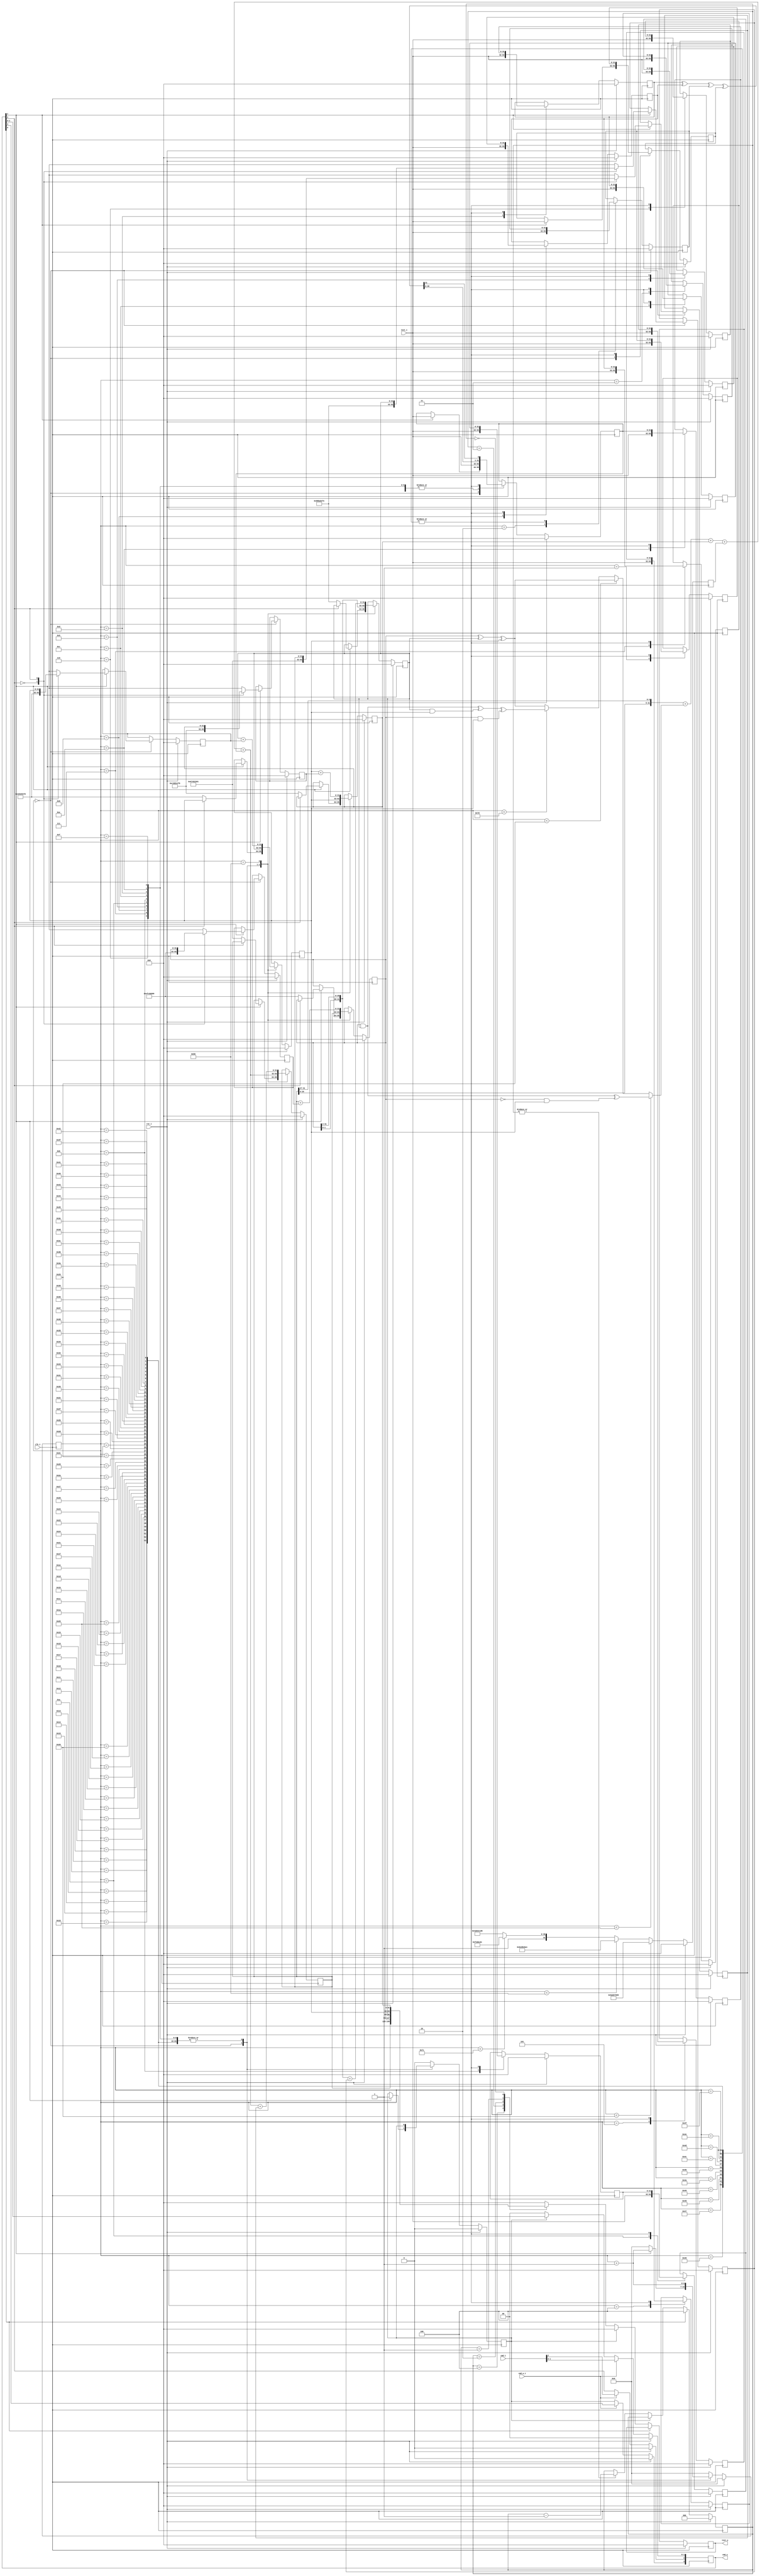
/////////////////////////////////////////////////////////////////////
////                                                             ////
////  SHA-160                                                    ////
////  Secure Hash Algorithm (SHA-160)                            ////
////                                                             ////
////          marsgod@opencores.org                              ////
////                                                             ////
////                                                             ////
////  Downloaded from: http://www.opencores.org/cores/sha_core/  ////
////                                                             ////
/////////////////////////////////////////////////////////////////////
////                                                             ////
//// Copyright (C) 2002-2004 marsgod                             ////
////                         marsgod@opencores.org               ////
////                                                             ////
////                                                             ////
//// This source file may be used and distributed without        ////
//// restriction provided that this copyright statement is not   ////
//// removed from the file and that any derivative work contains ////
//// the original copyright notice and the associated disclaimer.////
////                                                             ////
////     THIS SOFTWARE IS PROVIDED ``AS IS'' AND WITHOUT ANY     ////
//// EXPRESS OR IMPLIED WARRANTIES, INCLUDING, BUT NOT LIMITED   ////
//// TO, THE IMPLIED WARRANTIES OF MERCHANTABILITY AND FITNESS   ////
//// FOR A PARTICULAR PURPOSE. IN NO EVENT SHALL THE AUTHOR      ////
//// OR CONTRIBUTORS BE LIABLE FOR ANY DIRECT, INDIRECT,         ////
//// INCIDENTAL, SPECIAL, EXEMPLARY, OR CONSEQUENTIAL DAMAGES    ////
//// (INCLUDING, BUT NOT LIMITED TO, PROCUREMENT OF SUBSTITUTE   ////
//// GOODS OR SERVICES; LOSS OF USE, DATA, OR PROFITS; OR        ////
//// BUSINESS INTERRUPTION) HOWEVER CAUSED AND ON ANY THEORY OF  ////
//// LIABILITY, WHETHER IN  CONTRACT, STRICT LIABILITY, OR TORT  ////
//// (INCLUDING NEGLIGENCE OR OTHERWISE) ARISING IN ANY WAY OUT  ////
//// OF THE USE OF THIS SOFTWARE, EVEN IF ADVISED OF THE         ////
//// POSSIBILITY OF SUCH DAMAGE.                                 ////
////                                                             ////
/////////////////////////////////////////////////////////////////////

`define SHA1_H0 32'h67452301
`define SHA1_H1 32'hefcdab89
`define SHA1_H2 32'h98badcfe
`define SHA1_H3 32'h10325476
`define SHA1_H4 32'hc3d2e1f0

`define SHA1_K0 32'h5a827999
`define SHA1_K1 32'h6ed9eba1
`define SHA1_K2 32'h8f1bbcdc
`define SHA1_K3 32'hca62c1d6

module sha1 (clk_i, rst_i, text_i, text_o, cmd_i, cmd_w_i, cmd_o);

	input		clk_i; 	// global clock input
	input		rst_i; 	// global reset input , active high
	
	input	[31:0]	text_i;	// text input 32bit
	output	[31:0]	text_o;	// text output 32bit
	
	input	[2:0]	cmd_i;	// command input
	input		cmd_w_i;// command input write enable
	output	[3:0]	cmd_o;	// command output(status)

	/*
		cmd
		Busy Round W R

		bit3 bit2  bit1 bit0
		Busy Round W    R
		
		Busy:
		0	idle
		1	busy
		
		Round:
		0	first round
		1	internal round
		
		W:
		0       No-op
		1	write data
		
		R:
		0	No-op
		1	read data
			
	*/
	

    	reg	[3:0]	cmd;
    	wire	[3:0]	cmd_o;
    	
    	reg	[31:0]	text_o;
    	
    	reg	[6:0]	round;
    	wire	[6:0]	round_plus_1;
    	
    	reg	[2:0]	read_counter;
    	
    	reg	[31:0]	H0,H1,H2,H3,H4;
    	reg	[31:0]	W0,W1,W2,W3,W4,W5,W6,W7,W8,W9,W10,W11,W12,W13,W14;
    	reg	[31:0]	Wt,Kt;
    	reg	[31:0]	A,B,C,D,E;

    	reg		busy;
    	
    	assign cmd_o = cmd;
    	always @ (posedge clk_i)
    	begin
    		if (rst_i)
    			cmd <= 4'b0000;
    		else
    		if (cmd_w_i)
    			cmd[2:0] <= cmd_i[2:0];		// busy bit can't write
    		else
    		begin
    			cmd[3] <= busy;			// update busy bit
    			if (~busy)
    				cmd[1:0] <= 2'b00;	// hardware auto clean R/W bits
    		end
    	end
    	
    	// Hash functions
	wire [31:0] SHA1_f1_BCD,SHA1_f2_BCD,SHA1_f3_BCD,SHA1_Wt_1;
	wire [31:0] SHA1_ft_BCD;
	wire [31:0] next_Wt,next_A,next_C;
	wire [159:0] SHA1_result;
	
	assign SHA1_f1_BCD = (B & C) ^ (~B & D);
	assign SHA1_f2_BCD = B ^ C ^ D;
	assign SHA1_f3_BCD = (B & C) ^ (C & D) ^ (B & D);
	
	assign SHA1_ft_BCD = (round < 7'b0100101) ? SHA1_f1_BCD : (round < 7'b101001) ? SHA1_f2_BCD : (round < 7'b1111101) ? SHA1_f3_BCD : SHA1_f2_BCD;
	
	// Odin II doesn't support binary operations inside concatenations presently. 
	//assign SHA1_Wt_1 = {W13 ^ W8 ^ W2 ^ W0};
	assign SHA1_Wt_1 = W13 ^ W8 ^ W2 ^ W0;

	assign next_Wt = {SHA1_Wt_1[30:0],SHA1_Wt_1[31]};	// NSA fix added
	assign next_A = {A[26:0],A[31:27]} + SHA1_ft_BCD + E + Kt + Wt;
	assign next_C = {B[1:0],B[31:2]};
	
	assign SHA1_result   = {A,B,C,D,E};
	
	assign round_plus_1 = round + 1;
	
	//------------------------------------------------------------------	
	// SHA round
	//------------------------------------------------------------------
	always @(posedge clk_i)
	begin
		if (rst_i)
		begin
			round <= 7'b0000000;
			busy <= 1'b0;

			W0  <= 32'b00000000000000000000000000000000;
			W1  <= 32'b00000000000000000000000000000000;
			W2  <= 32'b00000000000000000000000000000000;
			W3  <= 32'b00000000000000000000000000000000;
			W4  <= 32'b00000000000000000000000000000000;
			W5  <= 32'b00000000000000000000000000000000;
			W6  <= 32'b00000000000000000000000000000000;
			W7  <= 32'b00000000000000000000000000000000;
			W8  <= 32'b00000000000000000000000000000000;
			W9  <= 32'b00000000000000000000000000000000;
			W10 <= 32'b00000000000000000000000000000000;
			W11 <= 32'b00000000000000000000000000000000;
			W12 <= 32'b00000000000000000000000000000000;
			W13 <= 32'b00000000000000000000000000000000;
			W14 <= 32'b00000000000000000000000000000000;
			Wt  <= 32'b00000000000000000000000000000000;
			
			A <= 32'b00000000000000000000000000000000;
			B <= 32'b00000000000000000000000000000000;
			C <= 32'b00000000000000000000000000000000;
			D <= 32'b00000000000000000000000000000000;
			E <= 32'b00000000000000000000000000000000;
			
			H0 <= 32'b00000000000000000000000000000000;
			H1 <= 32'b00000000000000000000000000000000;
			H2 <= 32'b00000000000000000000000000000000;
			H3 <= 32'b00000000000000000000000000000000;
			H4 <= 32'b00000000000000000000000000000000;

		end
		else
		begin
			case (round)
			
			7'b0000000:
				begin
					if (cmd[1])
					begin
						W0 <= text_i;
						Wt <= text_i;
						busy <= 1'b1;
						round <= round_plus_1;
                                               	
						case (cmd[2])
							1'b0:	// sha-1 first message
								begin
									A <= `SHA1_H0;
									B <= `SHA1_H1;
									C <= `SHA1_H2;
									D <= `SHA1_H3;
									E <= `SHA1_H4;
									
									H0 <= `SHA1_H0;
									H1 <= `SHA1_H1;
									H2 <= `SHA1_H2;
									H3 <= `SHA1_H3;
									H4 <= `SHA1_H4;
								end
							1'b1:	// sha-1 internal message
								begin
									H0 <= A;
									H1 <= B;
									H2 <= C;
									H3 <= D;
									H4 <= E;
								end
						endcase
					end
					else
					begin	// IDLE
						round <= 7'b0000000;
					end
				end
			7'b0000001:
				begin
					W1 <= text_i;
					Wt <= text_i;
					
					E <= D;
					D <= C;
					C <= next_C;
					B <= A;
					A <= next_A;
						
					round <= round_plus_1;
				end
			7'b0000010:
				begin
					W2 <= text_i;
					Wt <= text_i;
					
					E <= D;
					D <= C;
					C <= next_C;
					B <= A;
					A <= next_A;
						
					round <= round_plus_1;
				end
			7'b0000011:
				begin
					W3 <= text_i;
					Wt <= text_i;
					
					E <= D;
					D <= C;
					C <= next_C;
					B <= A;
					A <= next_A;
						
					round <= round_plus_1;
				end
			7'b0000100:
				begin
					W4 <= text_i;
					Wt <= text_i;
					
					E <= D;
					D <= C;
					C <= next_C;
					B <= A;
					A <= next_A;
						
					round <= round_plus_1;
				end
			7'b0000101:
				begin
					W5 <= text_i;
					Wt <= text_i;
					
					E <= D;
					D <= C;
					C <= next_C;
					B <= A;
					A <= next_A;
						
					round <= round_plus_1;
				end
			7'b0000110:
				begin
					W6 <= text_i;
					Wt <= text_i;
					
					E <= D;
					D <= C;
					C <= next_C;
					B <= A;
					A <= next_A;
						
					round <= round_plus_1;
				end
			7'b0000111:
				begin
					W7 <= text_i;
					Wt <= text_i;
					
					E <= D;
					D <= C;
					C <= next_C;
					B <= A;
					A <= next_A;
						
					round <= round_plus_1;
				end
			7'b0001000:
				begin
					W8 <= text_i;
					Wt <= text_i;
					
					E <= D;
					D <= C;
					C <= next_C;
					B <= A;
					A <= next_A;
						
					round <= round_plus_1;
				end
			7'b0001001:
				begin
					W9 <= text_i;
					Wt <= text_i;
					
					E <= D;
					D <= C;
					C <= next_C;
					B <= A;
					A <= next_A;
						
					round <= round_plus_1;
				end
			7'b0001010:
				begin
					W10 <= text_i;
					Wt <= text_i;
					
					E <= D;
					D <= C;
					C <= next_C;
					B <= A;
					A <= next_A;
						
					round <= round_plus_1;
				end
			7'b0001011:
				begin
					W11 <= text_i;
					Wt <= text_i;
					
					E <= D;
					D <= C;
					C <= next_C;
					B <= A;
					A <= next_A;
						
					round <= round_plus_1;
				end
			7'b0001100:
				begin
					W12 <= text_i;
					Wt <= text_i;
					
					E <= D;
					D <= C;
					C <= next_C;
					B <= A;
					A <= next_A;
						
					round <= round_plus_1;
				end
			7'b0001101:
				begin
					W13 <= text_i;
					Wt <= text_i;
					
					E <= D;
					D <= C;
					C <= next_C;
					B <= A;
					A <= next_A;
						
					round <= round_plus_1;
				end
			7'b0001110:
				begin
					W14 <= text_i;
					Wt <= text_i;
					
					E <= D;
					D <= C;
					C <= next_C;
					B <= A;
					A <= next_A;
						
					round <= round_plus_1;
				end
			7'b0001111:
				begin
					Wt <= text_i;
					
					E <= D;
					D <= C;
					C <= next_C;
					B <= A;
					A <= next_A;
						
					round <= round_plus_1;
				end
			7'b0010000:begin
					W0  <= W1;
					W1  <= W2;
					W2  <= W3;
					W3  <= W4;
					W4  <= W5;
					W5  <= W6;
					W6  <= W7;
					W7  <= W8;
					W8  <= W9;
					W9  <= W10;
					W10 <= W11;
					W11 <= W12;
					W12 <= W13;
					W13 <= W14;
					W14 <= Wt;
					Wt  <= next_Wt;
					
					E <= D;
					D <= C;
					C <= next_C;
					B <= A;
					A <= next_A;
						
					round <= round_plus_1;
				end
			7'b0010001:begin
					W0  <= W1;
					W1  <= W2;
					W2  <= W3;
					W3  <= W4;
					W4  <= W5;
					W5  <= W6;
					W6  <= W7;
					W7  <= W8;
					W8  <= W9;
					W9  <= W10;
					W10 <= W11;
					W11 <= W12;
					W12 <= W13;
					W13 <= W14;
					W14 <= Wt;
					Wt  <= next_Wt;
					
					E <= D;
					D <= C;
					C <= next_C;
					B <= A;
					A <= next_A;
						
					round <= round_plus_1;
				end
			7'b0010010:begin
					W0  <= W1;
					W1  <= W2;
					W2  <= W3;
					W3  <= W4;
					W4  <= W5;
					W5  <= W6;
					W6  <= W7;
					W7  <= W8;
					W8  <= W9;
					W9  <= W10;
					W10 <= W11;
					W11 <= W12;
					W12 <= W13;
					W13 <= W14;
					W14 <= Wt;
					Wt  <= next_Wt;
					
					E <= D;
					D <= C;
					C <= next_C;
					B <= A;
					A <= next_A;
						
					round <= round_plus_1;
				end
			7'b0010011:begin
					W0  <= W1;
					W1  <= W2;
					W2  <= W3;
					W3  <= W4;
					W4  <= W5;
					W5  <= W6;
					W6  <= W7;
					W7  <= W8;
					W8  <= W9;
					W9  <= W10;
					W10 <= W11;
					W11 <= W12;
					W12 <= W13;
					W13 <= W14;
					W14 <= Wt;
					Wt  <= next_Wt;
					
					E <= D;
					D <= C;
					C <= next_C;
					B <= A;
					A <= next_A;
						
					round <= round_plus_1;
				end
			7'b0010100:begin
					W0  <= W1;
					W1  <= W2;
					W2  <= W3;
					W3  <= W4;
					W4  <= W5;
					W5  <= W6;
					W6  <= W7;
					W7  <= W8;
					W8  <= W9;
					W9  <= W10;
					W10 <= W11;
					W11 <= W12;
					W12 <= W13;
					W13 <= W14;
					W14 <= Wt;
					Wt  <= next_Wt;
					
					E <= D;
					D <= C;
					C <= next_C;
					B <= A;
					A <= next_A;
						
					round <= round_plus_1;
				end
			7'b0010101:begin
					W0  <= W1;
					W1  <= W2;
					W2  <= W3;
					W3  <= W4;
					W4  <= W5;
					W5  <= W6;
					W6  <= W7;
					W7  <= W8;
					W8  <= W9;
					W9  <= W10;
					W10 <= W11;
					W11 <= W12;
					W12 <= W13;
					W13 <= W14;
					W14 <= Wt;
					Wt  <= next_Wt;
					
					E <= D;
					D <= C;
					C <= next_C;
					B <= A;
					A <= next_A;
						
					round <= round_plus_1;
				end
			7'b0010110:begin
					W0  <= W1;
					W1  <= W2;
					W2  <= W3;
					W3  <= W4;
					W4  <= W5;
					W5  <= W6;
					W6  <= W7;
					W7  <= W8;
					W8  <= W9;
					W9  <= W10;
					W10 <= W11;
					W11 <= W12;
					W12 <= W13;
					W13 <= W14;
					W14 <= Wt;
					Wt  <= next_Wt;
					
					E <= D;
					D <= C;
					C <= next_C;
					B <= A;
					A <= next_A;
						
					round <= round_plus_1;
				end
			7'b0010111:begin
					W0  <= W1;
					W1  <= W2;
					W2  <= W3;
					W3  <= W4;
					W4  <= W5;
					W5  <= W6;
					W6  <= W7;
					W7  <= W8;
					W8  <= W9;
					W9  <= W10;
					W10 <= W11;
					W11 <= W12;
					W12 <= W13;
					W13 <= W14;
					W14 <= Wt;
					Wt  <= next_Wt;
					
					E <= D;
					D <= C;
					C <= next_C;
					B <= A;
					A <= next_A;
						
					round <= round_plus_1;
				end
			7'b0011000:begin
					W0  <= W1;
					W1  <= W2;
					W2  <= W3;
					W3  <= W4;
					W4  <= W5;
					W5  <= W6;
					W6  <= W7;
					W7  <= W8;
					W8  <= W9;
					W9  <= W10;
					W10 <= W11;
					W11 <= W12;
					W12 <= W13;
					W13 <= W14;
					W14 <= Wt;
					Wt  <= next_Wt;
					
					E <= D;
					D <= C;
					C <= next_C;
					B <= A;
					A <= next_A;
						
					round <= round_plus_1;
				end
			7'b0011001:begin
					W0  <= W1;
					W1  <= W2;
					W2  <= W3;
					W3  <= W4;
					W4  <= W5;
					W5  <= W6;
					W6  <= W7;
					W7  <= W8;
					W8  <= W9;
					W9  <= W10;
					W10 <= W11;
					W11 <= W12;
					W12 <= W13;
					W13 <= W14;
					W14 <= Wt;
					Wt  <= next_Wt;
					
					E <= D;
					D <= C;
					C <= next_C;
					B <= A;
					A <= next_A;
						
					round <= round_plus_1;
				end
			7'b0011010:begin
					W0  <= W1;
					W1  <= W2;
					W2  <= W3;
					W3  <= W4;
					W4  <= W5;
					W5  <= W6;
					W6  <= W7;
					W7  <= W8;
					W8  <= W9;
					W9  <= W10;
					W10 <= W11;
					W11 <= W12;
					W12 <= W13;
					W13 <= W14;
					W14 <= Wt;
					Wt  <= next_Wt;
					
					E <= D;
					D <= C;
					C <= next_C;
					B <= A;
					A <= next_A;
						
					round <= round_plus_1;
				end
			7'b0011011:begin
					W0  <= W1;
					W1  <= W2;
					W2  <= W3;
					W3  <= W4;
					W4  <= W5;
					W5  <= W6;
					W6  <= W7;
					W7  <= W8;
					W8  <= W9;
					W9  <= W10;
					W10 <= W11;
					W11 <= W12;
					W12 <= W13;
					W13 <= W14;
					W14 <= Wt;
					Wt  <= next_Wt;
					
					E <= D;
					D <= C;
					C <= next_C;
					B <= A;
					A <= next_A;
						
					round <= round_plus_1;
				end
			7'b0011100:begin
					W0  <= W1;
					W1  <= W2;
					W2  <= W3;
					W3  <= W4;
					W4  <= W5;
					W5  <= W6;
					W6  <= W7;
					W7  <= W8;
					W8  <= W9;
					W9  <= W10;
					W10 <= W11;
					W11 <= W12;
					W12 <= W13;
					W13 <= W14;
					W14 <= Wt;
					Wt  <= next_Wt;
					
					E <= D;
					D <= C;
					C <= next_C;
					B <= A;
					A <= next_A;
						
					round <= round_plus_1;
				end
			7'b0011101:begin
					W0  <= W1;
					W1  <= W2;
					W2  <= W3;
					W3  <= W4;
					W4  <= W5;
					W5  <= W6;
					W6  <= W7;
					W7  <= W8;
					W8  <= W9;
					W9  <= W10;
					W10 <= W11;
					W11 <= W12;
					W12 <= W13;
					W13 <= W14;
					W14 <= Wt;
					Wt  <= next_Wt;
					
					E <= D;
					D <= C;
					C <= next_C;
					B <= A;
					A <= next_A;
						
					round <= round_plus_1;
				end
			7'b0011110:begin
					W0  <= W1;
					W1  <= W2;
					W2  <= W3;
					W3  <= W4;
					W4  <= W5;
					W5  <= W6;
					W6  <= W7;
					W7  <= W8;
					W8  <= W9;
					W9  <= W10;
					W10 <= W11;
					W11 <= W12;
					W12 <= W13;
					W13 <= W14;
					W14 <= Wt;
					Wt  <= next_Wt;
					
					E <= D;
					D <= C;
					C <= next_C;
					B <= A;
					A <= next_A;
						
					round <= round_plus_1;
				end
			7'b0011111:begin
					W0  <= W1;
					W1  <= W2;
					W2  <= W3;
					W3  <= W4;
					W4  <= W5;
					W5  <= W6;
					W6  <= W7;
					W7  <= W8;
					W8  <= W9;
					W9  <= W10;
					W10 <= W11;
					W11 <= W12;
					W12 <= W13;
					W13 <= W14;
					W14 <= Wt;
					Wt  <= next_Wt;
					
					E <= D;
					D <= C;
					C <= next_C;
					B <= A;
					A <= next_A;
						
					round <= round_plus_1;
				end
			7'b0100000:begin
					W0  <= W1;
					W1  <= W2;
					W2  <= W3;
					W3  <= W4;
					W4  <= W5;
					W5  <= W6;
					W6  <= W7;
					W7  <= W8;
					W8  <= W9;
					W9  <= W10;
					W10 <= W11;
					W11 <= W12;
					W12 <= W13;
					W13 <= W14;
					W14 <= Wt;
					Wt  <= next_Wt;
					
					E <= D;
					D <= C;
					C <= next_C;
					B <= A;
					A <= next_A;
						
					round <= round_plus_1;
				end
			7'b0100001:begin
					W0  <= W1;
					W1  <= W2;
					W2  <= W3;
					W3  <= W4;
					W4  <= W5;
					W5  <= W6;
					W6  <= W7;
					W7  <= W8;
					W8  <= W9;
					W9  <= W10;
					W10 <= W11;
					W11 <= W12;
					W12 <= W13;
					W13 <= W14;
					W14 <= Wt;
					Wt  <= next_Wt;
					
					E <= D;
					D <= C;
					C <= next_C;
					B <= A;
					A <= next_A;
						
					round <= round_plus_1;
				end
			7'b0100010:begin
					W0  <= W1;
					W1  <= W2;
					W2  <= W3;
					W3  <= W4;
					W4  <= W5;
					W5  <= W6;
					W6  <= W7;
					W7  <= W8;
					W8  <= W9;
					W9  <= W10;
					W10 <= W11;
					W11 <= W12;
					W12 <= W13;
					W13 <= W14;
					W14 <= Wt;
					Wt  <= next_Wt;
					
					E <= D;
					D <= C;
					C <= next_C;
					B <= A;
					A <= next_A;
						
					round <= round_plus_1;
				end
			7'b0100011:begin
					W0  <= W1;
					W1  <= W2;
					W2  <= W3;
					W3  <= W4;
					W4  <= W5;
					W5  <= W6;
					W6  <= W7;
					W7  <= W8;
					W8  <= W9;
					W9  <= W10;
					W10 <= W11;
					W11 <= W12;
					W12 <= W13;
					W13 <= W14;
					W14 <= Wt;
					Wt  <= next_Wt;
					
					E <= D;
					D <= C;
					C <= next_C;
					B <= A;
					A <= next_A;
						
					round <= round_plus_1;
				end
			7'b0100100:begin
					W0  <= W1;
					W1  <= W2;
					W2  <= W3;
					W3  <= W4;
					W4  <= W5;
					W5  <= W6;
					W6  <= W7;
					W7  <= W8;
					W8  <= W9;
					W9  <= W10;
					W10 <= W11;
					W11 <= W12;
					W12 <= W13;
					W13 <= W14;
					W14 <= Wt;
					Wt  <= next_Wt;
					
					E <= D;
					D <= C;
					C <= next_C;
					B <= A;
					A <= next_A;
						
					round <= round_plus_1;
				end
			7'b0100101:begin
					W0  <= W1;
					W1  <= W2;
					W2  <= W3;
					W3  <= W4;
					W4  <= W5;
					W5  <= W6;
					W6  <= W7;
					W7  <= W8;
					W8  <= W9;
					W9  <= W10;
					W10 <= W11;
					W11 <= W12;
					W12 <= W13;
					W13 <= W14;
					W14 <= Wt;
					Wt  <= next_Wt;
					
					E <= D;
					D <= C;
					C <= next_C;
					B <= A;
					A <= next_A;
						
					round <= round_plus_1;
				end
			7'b0100110:begin
					W0  <= W1;
					W1  <= W2;
					W2  <= W3;
					W3  <= W4;
					W4  <= W5;
					W5  <= W6;
					W6  <= W7;
					W7  <= W8;
					W8  <= W9;
					W9  <= W10;
					W10 <= W11;
					W11 <= W12;
					W12 <= W13;
					W13 <= W14;
					W14 <= Wt;
					Wt  <= next_Wt;
					
					E <= D;
					D <= C;
					C <= next_C;
					B <= A;
					A <= next_A;
						
					round <= round_plus_1;
				end
			7'b0100111:begin
					W0  <= W1;
					W1  <= W2;
					W2  <= W3;
					W3  <= W4;
					W4  <= W5;
					W5  <= W6;
					W6  <= W7;
					W7  <= W8;
					W8  <= W9;
					W9  <= W10;
					W10 <= W11;
					W11 <= W12;
					W12 <= W13;
					W13 <= W14;
					W14 <= Wt;
					Wt  <= next_Wt;
					
					E <= D;
					D <= C;
					C <= next_C;
					B <= A;
					A <= next_A;
						
					round <= round_plus_1;
				end
			7'b0101000:begin
					W0  <= W1;
					W1  <= W2;
					W2  <= W3;
					W3  <= W4;
					W4  <= W5;
					W5  <= W6;
					W6  <= W7;
					W7  <= W8;
					W8  <= W9;
					W9  <= W10;
					W10 <= W11;
					W11 <= W12;
					W12 <= W13;
					W13 <= W14;
					W14 <= Wt;
					Wt  <= next_Wt;
					
					E <= D;
					D <= C;
					C <= next_C;
					B <= A;
					A <= next_A;
						
					round <= round_plus_1;
				end
			7'b0101001:begin
					W0  <= W1;
					W1  <= W2;
					W2  <= W3;
					W3  <= W4;
					W4  <= W5;
					W5  <= W6;
					W6  <= W7;
					W7  <= W8;
					W8  <= W9;
					W9  <= W10;
					W10 <= W11;
					W11 <= W12;
					W12 <= W13;
					W13 <= W14;
					W14 <= Wt;
					Wt  <= next_Wt;
					
					E <= D;
					D <= C;
					C <= next_C;
					B <= A;
					A <= next_A;
						
					round <= round_plus_1;
				end
			7'b0101010:begin
					W0  <= W1;
					W1  <= W2;
					W2  <= W3;
					W3  <= W4;
					W4  <= W5;
					W5  <= W6;
					W6  <= W7;
					W7  <= W8;
					W8  <= W9;
					W9  <= W10;
					W10 <= W11;
					W11 <= W12;
					W12 <= W13;
					W13 <= W14;
					W14 <= Wt;
					Wt  <= next_Wt;
					
					E <= D;
					D <= C;
					C <= next_C;
					B <= A;
					A <= next_A;
						
					round <= round_plus_1;
				end
			7'b0101011:begin
					W0  <= W1;
					W1  <= W2;
					W2  <= W3;
					W3  <= W4;
					W4  <= W5;
					W5  <= W6;
					W6  <= W7;
					W7  <= W8;
					W8  <= W9;
					W9  <= W10;
					W10 <= W11;
					W11 <= W12;
					W12 <= W13;
					W13 <= W14;
					W14 <= Wt;
					Wt  <= next_Wt;
					
					E <= D;
					D <= C;
					C <= next_C;
					B <= A;
					A <= next_A;
						
					round <= round_plus_1;
				end
			7'b0101100:begin
					W0  <= W1;
					W1  <= W2;
					W2  <= W3;
					W3  <= W4;
					W4  <= W5;
					W5  <= W6;
					W6  <= W7;
					W7  <= W8;
					W8  <= W9;
					W9  <= W10;
					W10 <= W11;
					W11 <= W12;
					W12 <= W13;
					W13 <= W14;
					W14 <= Wt;
					Wt  <= next_Wt;
					
					E <= D;
					D <= C;
					C <= next_C;
					B <= A;
					A <= next_A;
						
					round <= round_plus_1;
				end
			7'b0101101:begin
					W0  <= W1;
					W1  <= W2;
					W2  <= W3;
					W3  <= W4;
					W4  <= W5;
					W5  <= W6;
					W6  <= W7;
					W7  <= W8;
					W8  <= W9;
					W9  <= W10;
					W10 <= W11;
					W11 <= W12;
					W12 <= W13;
					W13 <= W14;
					W14 <= Wt;
					Wt  <= next_Wt;
					
					E <= D;
					D <= C;
					C <= next_C;
					B <= A;
					A <= next_A;
						
					round <= round_plus_1;
				end
			7'b0101110:begin
					W0  <= W1;
					W1  <= W2;
					W2  <= W3;
					W3  <= W4;
					W4  <= W5;
					W5  <= W6;
					W6  <= W7;
					W7  <= W8;
					W8  <= W9;
					W9  <= W10;
					W10 <= W11;
					W11 <= W12;
					W12 <= W13;
					W13 <= W14;
					W14 <= Wt;
					Wt  <= next_Wt;
					
					E <= D;
					D <= C;
					C <= next_C;
					B <= A;
					A <= next_A;
						
					round <= round_plus_1;
				end
			7'b0101111:begin
					W0  <= W1;
					W1  <= W2;
					W2  <= W3;
					W3  <= W4;
					W4  <= W5;
					W5  <= W6;
					W6  <= W7;
					W7  <= W8;
					W8  <= W9;
					W9  <= W10;
					W10 <= W11;
					W11 <= W12;
					W12 <= W13;
					W13 <= W14;
					W14 <= Wt;
					Wt  <= next_Wt;
					
					E <= D;
					D <= C;
					C <= next_C;
					B <= A;
					A <= next_A;
						
					round <= round_plus_1;
				end
			7'b0110000:begin
					W0  <= W1;
					W1  <= W2;
					W2  <= W3;
					W3  <= W4;
					W4  <= W5;
					W5  <= W6;
					W6  <= W7;
					W7  <= W8;
					W8  <= W9;
					W9  <= W10;
					W10 <= W11;
					W11 <= W12;
					W12 <= W13;
					W13 <= W14;
					W14 <= Wt;
					Wt  <= next_Wt;
					
					E <= D;
					D <= C;
					C <= next_C;
					B <= A;
					A <= next_A;
						
					round <= round_plus_1;
				end
			7'b0110001:begin
					W0  <= W1;
					W1  <= W2;
					W2  <= W3;
					W3  <= W4;
					W4  <= W5;
					W5  <= W6;
					W6  <= W7;
					W7  <= W8;
					W8  <= W9;
					W9  <= W10;
					W10 <= W11;
					W11 <= W12;
					W12 <= W13;
					W13 <= W14;
					W14 <= Wt;
					Wt  <= next_Wt;
					
					E <= D;
					D <= C;
					C <= next_C;
					B <= A;
					A <= next_A;
						
					round <= round_plus_1;
				end
			7'b0110010:begin
					W0  <= W1;
					W1  <= W2;
					W2  <= W3;
					W3  <= W4;
					W4  <= W5;
					W5  <= W6;
					W6  <= W7;
					W7  <= W8;
					W8  <= W9;
					W9  <= W10;
					W10 <= W11;
					W11 <= W12;
					W12 <= W13;
					W13 <= W14;
					W14 <= Wt;
					Wt  <= next_Wt;
					
					E <= D;
					D <= C;
					C <= next_C;
					B <= A;
					A <= next_A;
						
					round <= round_plus_1;
				end
			7'b0110011:begin
					W0  <= W1;
					W1  <= W2;
					W2  <= W3;
					W3  <= W4;
					W4  <= W5;
					W5  <= W6;
					W6  <= W7;
					W7  <= W8;
					W8  <= W9;
					W9  <= W10;
					W10 <= W11;
					W11 <= W12;
					W12 <= W13;
					W13 <= W14;
					W14 <= Wt;
					Wt  <= next_Wt;
					
					E <= D;
					D <= C;
					C <= next_C;
					B <= A;
					A <= next_A;
						
					round <= round_plus_1;
				end
			7'b0110100:begin
					W0  <= W1;
					W1  <= W2;
					W2  <= W3;
					W3  <= W4;
					W4  <= W5;
					W5  <= W6;
					W6  <= W7;
					W7  <= W8;
					W8  <= W9;
					W9  <= W10;
					W10 <= W11;
					W11 <= W12;
					W12 <= W13;
					W13 <= W14;
					W14 <= Wt;
					Wt  <= next_Wt;
					
					E <= D;
					D <= C;
					C <= next_C;
					B <= A;
					A <= next_A;
						
					round <= round_plus_1;
				end
			7'b0110101:begin
					W0  <= W1;
					W1  <= W2;
					W2  <= W3;
					W3  <= W4;
					W4  <= W5;
					W5  <= W6;
					W6  <= W7;
					W7  <= W8;
					W8  <= W9;
					W9  <= W10;
					W10 <= W11;
					W11 <= W12;
					W12 <= W13;
					W13 <= W14;
					W14 <= Wt;
					Wt  <= next_Wt;
					
					E <= D;
					D <= C;
					C <= next_C;
					B <= A;
					A <= next_A;
						
					round <= round_plus_1;
				end
			7'b0110110:begin
					W0  <= W1;
					W1  <= W2;
					W2  <= W3;
					W3  <= W4;
					W4  <= W5;
					W5  <= W6;
					W6  <= W7;
					W7  <= W8;
					W8  <= W9;
					W9  <= W10;
					W10 <= W11;
					W11 <= W12;
					W12 <= W13;
					W13 <= W14;
					W14 <= Wt;
					Wt  <= next_Wt;
					
					E <= D;
					D <= C;
					C <= next_C;
					B <= A;
					A <= next_A;
						
					round <= round_plus_1;
				end
			7'b0110111:begin
					W0  <= W1;
					W1  <= W2;
					W2  <= W3;
					W3  <= W4;
					W4  <= W5;
					W5  <= W6;
					W6  <= W7;
					W7  <= W8;
					W8  <= W9;
					W9  <= W10;
					W10 <= W11;
					W11 <= W12;
					W12 <= W13;
					W13 <= W14;
					W14 <= Wt;
					Wt  <= next_Wt;
					
					E <= D;
					D <= C;
					C <= next_C;
					B <= A;
					A <= next_A;
						
					round <= round_plus_1;
				end
			7'b0111000:begin
					W0  <= W1;
					W1  <= W2;
					W2  <= W3;
					W3  <= W4;
					W4  <= W5;
					W5  <= W6;
					W6  <= W7;
					W7  <= W8;
					W8  <= W9;
					W9  <= W10;
					W10 <= W11;
					W11 <= W12;
					W12 <= W13;
					W13 <= W14;
					W14 <= Wt;
					Wt  <= next_Wt;
					
					E <= D;
					D <= C;
					C <= next_C;
					B <= A;
					A <= next_A;
						
					round <= round_plus_1;
				end
			7'b0111001:begin
					W0  <= W1;
					W1  <= W2;
					W2  <= W3;
					W3  <= W4;
					W4  <= W5;
					W5  <= W6;
					W6  <= W7;
					W7  <= W8;
					W8  <= W9;
					W9  <= W10;
					W10 <= W11;
					W11 <= W12;
					W12 <= W13;
					W13 <= W14;
					W14 <= Wt;
					Wt  <= next_Wt;
					
					E <= D;
					D <= C;
					C <= next_C;
					B <= A;
					A <= next_A;
						
					round <= round_plus_1;
				end
			7'b0111010:begin
					W0  <= W1;
					W1  <= W2;
					W2  <= W3;
					W3  <= W4;
					W4  <= W5;
					W5  <= W6;
					W6  <= W7;
					W7  <= W8;
					W8  <= W9;
					W9  <= W10;
					W10 <= W11;
					W11 <= W12;
					W12 <= W13;
					W13 <= W14;
					W14 <= Wt;
					Wt  <= next_Wt;
					
					E <= D;
					D <= C;
					C <= next_C;
					B <= A;
					A <= next_A;
						
					round <= round_plus_1;
				end
			7'b0111011:begin
					W0  <= W1;
					W1  <= W2;
					W2  <= W3;
					W3  <= W4;
					W4  <= W5;
					W5  <= W6;
					W6  <= W7;
					W7  <= W8;
					W8  <= W9;
					W9  <= W10;
					W10 <= W11;
					W11 <= W12;
					W12 <= W13;
					W13 <= W14;
					W14 <= Wt;
					Wt  <= next_Wt;
					
					E <= D;
					D <= C;
					C <= next_C;
					B <= A;
					A <= next_A;
						
					round <= round_plus_1;
				end
			7'b0111100:begin
					W0  <= W1;
					W1  <= W2;
					W2  <= W3;
					W3  <= W4;
					W4  <= W5;
					W5  <= W6;
					W6  <= W7;
					W7  <= W8;
					W8  <= W9;
					W9  <= W10;
					W10 <= W11;
					W11 <= W12;
					W12 <= W13;
					W13 <= W14;
					W14 <= Wt;
					Wt  <= next_Wt;
					
					E <= D;
					D <= C;
					C <= next_C;
					B <= A;
					A <= next_A;
						
					round <= round_plus_1;
				end
			7'b0111101:begin
					W0  <= W1;
					W1  <= W2;
					W2  <= W3;
					W3  <= W4;
					W4  <= W5;
					W5  <= W6;
					W6  <= W7;
					W7  <= W8;
					W8  <= W9;
					W9  <= W10;
					W10 <= W11;
					W11 <= W12;
					W12 <= W13;
					W13 <= W14;
					W14 <= Wt;
					Wt  <= next_Wt;
					
					E <= D;
					D <= C;
					C <= next_C;
					B <= A;
					A <= next_A;
						
					round <= round_plus_1;
				end
			7'b0111110:begin
					W0  <= W1;
					W1  <= W2;
					W2  <= W3;
					W3  <= W4;
					W4  <= W5;
					W5  <= W6;
					W6  <= W7;
					W7  <= W8;
					W8  <= W9;
					W9  <= W10;
					W10 <= W11;
					W11 <= W12;
					W12 <= W13;
					W13 <= W14;
					W14 <= Wt;
					Wt  <= next_Wt;
					
					E <= D;
					D <= C;
					C <= next_C;
					B <= A;
					A <= next_A;
						
					round <= round_plus_1;
				end
			7'b0111111:begin
					W0  <= W1;
					W1  <= W2;
					W2  <= W3;
					W3  <= W4;
					W4  <= W5;
					W5  <= W6;
					W6  <= W7;
					W7  <= W8;
					W8  <= W9;
					W9  <= W10;
					W10 <= W11;
					W11 <= W12;
					W12 <= W13;
					W13 <= W14;
					W14 <= Wt;
					Wt  <= next_Wt;
					
					E <= D;
					D <= C;
					C <= next_C;
					B <= A;
					A <= next_A;
						
					round <= round_plus_1;
				end
			7'b1000000:begin
					W0  <= W1;
					W1  <= W2;
					W2  <= W3;
					W3  <= W4;
					W4  <= W5;
					W5  <= W6;
					W6  <= W7;
					W7  <= W8;
					W8  <= W9;
					W9  <= W10;
					W10 <= W11;
					W11 <= W12;
					W12 <= W13;
					W13 <= W14;
					W14 <= Wt;
					Wt  <= next_Wt;
					
					E <= D;
					D <= C;
					C <= next_C;
					B <= A;
					A <= next_A;
						
					round <= round_plus_1;
				end
			7'b1000001:begin
					W0  <= W1;
					W1  <= W2;
					W2  <= W3;
					W3  <= W4;
					W4  <= W5;
					W5  <= W6;
					W6  <= W7;
					W7  <= W8;
					W8  <= W9;
					W9  <= W10;
					W10 <= W11;
					W11 <= W12;
					W12 <= W13;
					W13 <= W14;
					W14 <= Wt;
					Wt  <= next_Wt;
					
					E <= D;
					D <= C;
					C <= next_C;
					B <= A;
					A <= next_A;
						
					round <= round_plus_1;
				end
			7'b1000010:begin
					W0  <= W1;
					W1  <= W2;
					W2  <= W3;
					W3  <= W4;
					W4  <= W5;
					W5  <= W6;
					W6  <= W7;
					W7  <= W8;
					W8  <= W9;
					W9  <= W10;
					W10 <= W11;
					W11 <= W12;
					W12 <= W13;
					W13 <= W14;
					W14 <= Wt;
					Wt  <= next_Wt;
					
					E <= D;
					D <= C;
					C <= next_C;
					B <= A;
					A <= next_A;
						
					round <= round_plus_1;
				end
			7'b1000011:begin
					W0  <= W1;
					W1  <= W2;
					W2  <= W3;
					W3  <= W4;
					W4  <= W5;
					W5  <= W6;
					W6  <= W7;
					W7  <= W8;
					W8  <= W9;
					W9  <= W10;
					W10 <= W11;
					W11 <= W12;
					W12 <= W13;
					W13 <= W14;
					W14 <= Wt;
					Wt  <= next_Wt;
					
					E <= D;
					D <= C;
					C <= next_C;
					B <= A;
					A <= next_A;
						
					round <= round_plus_1;
				end
			7'b1000100:begin
					W0  <= W1;
					W1  <= W2;
					W2  <= W3;
					W3  <= W4;
					W4  <= W5;
					W5  <= W6;
					W6  <= W7;
					W7  <= W8;
					W8  <= W9;
					W9  <= W10;
					W10 <= W11;
					W11 <= W12;
					W12 <= W13;
					W13 <= W14;
					W14 <= Wt;
					Wt  <= next_Wt;
					
					E <= D;
					D <= C;
					C <= next_C;
					B <= A;
					A <= next_A;
						
					round <= round_plus_1;
				end
			7'b1000101:begin
					W0  <= W1;
					W1  <= W2;
					W2  <= W3;
					W3  <= W4;
					W4  <= W5;
					W5  <= W6;
					W6  <= W7;
					W7  <= W8;
					W8  <= W9;
					W9  <= W10;
					W10 <= W11;
					W11 <= W12;
					W12 <= W13;
					W13 <= W14;
					W14 <= Wt;
					Wt  <= next_Wt;
					
					E <= D;
					D <= C;
					C <= next_C;
					B <= A;
					A <= next_A;
						
					round <= round_plus_1;
				end
			7'b1000110:begin
					W0  <= W1;
					W1  <= W2;
					W2  <= W3;
					W3  <= W4;
					W4  <= W5;
					W5  <= W6;
					W6  <= W7;
					W7  <= W8;
					W8  <= W9;
					W9  <= W10;
					W10 <= W11;
					W11 <= W12;
					W12 <= W13;
					W13 <= W14;
					W14 <= Wt;
					Wt  <= next_Wt;
					
					E <= D;
					D <= C;
					C <= next_C;
					B <= A;
					A <= next_A;
						
					round <= round_plus_1;
				end
			7'b1000111:begin
					W0  <= W1;
					W1  <= W2;
					W2  <= W3;
					W3  <= W4;
					W4  <= W5;
					W5  <= W6;
					W6  <= W7;
					W7  <= W8;
					W8  <= W9;
					W9  <= W10;
					W10 <= W11;
					W11 <= W12;
					W12 <= W13;
					W13 <= W14;
					W14 <= Wt;
					Wt  <= next_Wt;
					
					E <= D;
					D <= C;
					C <= next_C;
					B <= A;
					A <= next_A;
						
					round <= round_plus_1;
				end
			7'b1001000:begin
					W0  <= W1;
					W1  <= W2;
					W2  <= W3;
					W3  <= W4;
					W4  <= W5;
					W5  <= W6;
					W6  <= W7;
					W7  <= W8;
					W8  <= W9;
					W9  <= W10;
					W10 <= W11;
					W11 <= W12;
					W12 <= W13;
					W13 <= W14;
					W14 <= Wt;
					Wt  <= next_Wt;
					
					E <= D;
					D <= C;
					C <= next_C;
					B <= A;
					A <= next_A;
						
					round <= round_plus_1;
				end
			7'b1001001:begin
					W0  <= W1;
					W1  <= W2;
					W2  <= W3;
					W3  <= W4;
					W4  <= W5;
					W5  <= W6;
					W6  <= W7;
					W7  <= W8;
					W8  <= W9;
					W9  <= W10;
					W10 <= W11;
					W11 <= W12;
					W12 <= W13;
					W13 <= W14;
					W14 <= Wt;
					Wt  <= next_Wt;
					
					E <= D;
					D <= C;
					C <= next_C;
					B <= A;
					A <= next_A;
						
					round <= round_plus_1;
				end
			7'b1001010:begin
					W0  <= W1;
					W1  <= W2;
					W2  <= W3;
					W3  <= W4;
					W4  <= W5;
					W5  <= W6;
					W6  <= W7;
					W7  <= W8;
					W8  <= W9;
					W9  <= W10;
					W10 <= W11;
					W11 <= W12;
					W12 <= W13;
					W13 <= W14;
					W14 <= Wt;
					Wt  <= next_Wt;
					
					E <= D;
					D <= C;
					C <= next_C;
					B <= A;
					A <= next_A;
						
					round <= round_plus_1;
				end
			7'b1001011:begin
					W0  <= W1;
					W1  <= W2;
					W2  <= W3;
					W3  <= W4;
					W4  <= W5;
					W5  <= W6;
					W6  <= W7;
					W7  <= W8;
					W8  <= W9;
					W9  <= W10;
					W10 <= W11;
					W11 <= W12;
					W12 <= W13;
					W13 <= W14;
					W14 <= Wt;
					Wt  <= next_Wt;
					
					E <= D;
					D <= C;
					C <= next_C;
					B <= A;
					A <= next_A;
						
					round <= round_plus_1;
				end
			7'b1001100:begin
					W0  <= W1;
					W1  <= W2;
					W2  <= W3;
					W3  <= W4;
					W4  <= W5;
					W5  <= W6;
					W6  <= W7;
					W7  <= W8;
					W8  <= W9;
					W9  <= W10;
					W10 <= W11;
					W11 <= W12;
					W12 <= W13;
					W13 <= W14;
					W14 <= Wt;
					Wt  <= next_Wt;
					
					E <= D;
					D <= C;
					C <= next_C;
					B <= A;
					A <= next_A;
						
					round <= round_plus_1;
				end
			7'b1001101:begin
					W0  <= W1;
					W1  <= W2;
					W2  <= W3;
					W3  <= W4;
					W4  <= W5;
					W5  <= W6;
					W6  <= W7;
					W7  <= W8;
					W8  <= W9;
					W9  <= W10;
					W10 <= W11;
					W11 <= W12;
					W12 <= W13;
					W13 <= W14;
					W14 <= Wt;
					Wt  <= next_Wt;
					
					E <= D;
					D <= C;
					C <= next_C;
					B <= A;
					A <= next_A;
						
					round <= round_plus_1;
				end
			7'b1001110:begin
					W0  <= W1;
					W1  <= W2;
					W2  <= W3;
					W3  <= W4;
					W4  <= W5;
					W5  <= W6;
					W6  <= W7;
					W7  <= W8;
					W8  <= W9;
					W9  <= W10;
					W10 <= W11;
					W11 <= W12;
					W12 <= W13;
					W13 <= W14;
					W14 <= Wt;
					Wt  <= next_Wt;
					
					E <= D;
					D <= C;
					C <= next_C;
					B <= A;
					A <= next_A;
						
					round <= round_plus_1;
				end
			7'b1001111:
				begin
					W0  <= W1;
					W1  <= W2;
					W2  <= W3;
					W3  <= W4;
					W4  <= W5;
					W5  <= W6;
					W6  <= W7;
					W7  <= W8;
					W8  <= W9;
					W9  <= W10;
					W10 <= W11;
					W11 <= W12;
					W12 <= W13;
					W13 <= W14;
					W14 <= Wt;
					Wt  <= next_Wt;
					
					E <= D;
					D <= C;
					C <= next_C;
					B <= A;
					A <= next_A;
						
					round <= round_plus_1;
				end
			7'b1010000:
				begin
					A <= next_A + H0;
					B <= A + H1;
					C <= next_C + H2;
					D <= C + H3;
					E <= D + H4;
					round <= 7'b0000000;
					busy <= 1'b0;
				end
			default:
				begin
					round <= 7'b0000000;
					busy <= 1'b0;
				end
			endcase
		end	
	end 
	
	
	//------------------------------------------------------------------	
	// Kt generator
	//------------------------------------------------------------------	
	always @ (posedge clk_i)
	begin
		if (rst_i)
		begin
			Kt <= 32'b00000000000000000000000000000000;
		end
		else
		begin
			if (round < 7'b0100000)
				Kt <= `SHA1_K0;
			else
			if (round < 7'b1010000)
				Kt <= `SHA1_K1;
			else
			if (round < 7'b1111100)
				Kt <= `SHA1_K2;
			else
				Kt <= `SHA1_K3;
		end
	end

	//------------------------------------------------------------------	
	// read result 
	//------------------------------------------------------------------	
	always @ (posedge clk_i)
	begin
		if (rst_i)
		begin
			text_o <= 32'b00000000000000000000000000000000;
			read_counter <= 3'b000;
		end
		else
		begin
			if (cmd[0])
			begin
				read_counter <= 3'b100;	// sha-1 	160/32=5
			end
			else
			begin
			if (~busy)
			begin
				case (read_counter)
					3'b100:	text_o <= SHA1_result[5*32-1:4*32];
					3'b011:	text_o <= SHA1_result[4*32-1:3*32];
					3'b010:	text_o <= SHA1_result[3*32-1:2*32];
					3'b001:	text_o <= SHA1_result[2*32-1:1*32];
					3'b000:	text_o <= SHA1_result[1*32-1:0*32];
					default:text_o <= 3'b000;
				endcase
				if (|read_counter)
					read_counter <= read_counter - 7'b0000001;
			end
			else
			begin
				text_o <= 32'b00000000000000000000000000000000;
			end
			end
		end
	end
	
endmodule